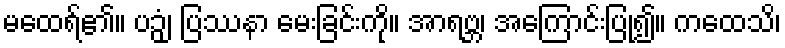
မထေရ်၏။ ပဉှံ၊ ပြဿနာ မေးခြင်းကို။ အာရဗ္ဘ၊ အကြောင်းပြု၍။ ကထေသိ၊